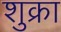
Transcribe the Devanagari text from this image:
शुक्रा